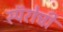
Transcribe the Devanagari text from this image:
स्पॅरोची